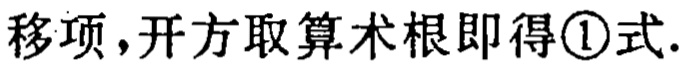
移项，开方取算术根即得\textcircled{1}式.